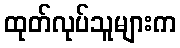
ထုတ်လုပ်သူများက